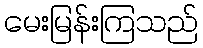
မေးမြန်းကြသည်